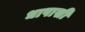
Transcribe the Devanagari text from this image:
धापासी